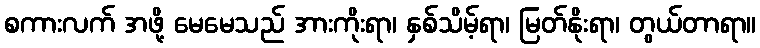
စကားလက် အဖို့ မေမေသည် အားကိုးရာ၊ နှစ်သိမ့်ရာ၊ မြတ်နိုးရာ၊ တွယ်တာရာ။